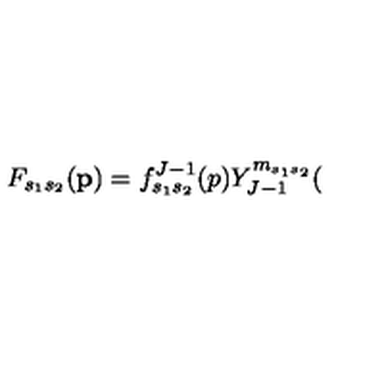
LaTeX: F _ { s _ { 1 } s _ { 2 } } ( \mathbf { p } ) = f _ { s _ { 1 } s _ { 2 } } ^ { J - 1 } ( p ) Y _ { J - 1 } ^ { m _ { s _ { 1 } s _ { 2 } } } (